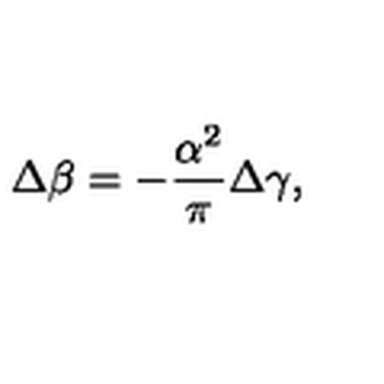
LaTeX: \Delta \beta = - \frac { \alpha ^ { 2 } } { \pi } \Delta \gamma ,